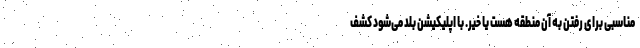
مناسبی برای رفتن به آن منطقه هست یا خیر. با اپلیکیشن بلد می‌شود کشف